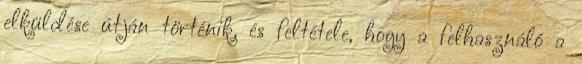
elküldése útján történik, és feltétele, hogy a felhasználó a